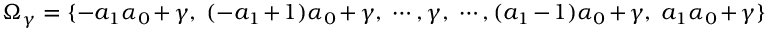
\mathcal { \Omega } _ { \gamma } = \{ - a _ { 1 } \alpha _ { 0 } + \gamma , \ ( - a _ { 1 } + 1 ) \alpha _ { 0 } + \gamma , \ \cdots , \gamma , \ \cdots , ( a _ { 1 } - 1 ) \alpha _ { 0 } + \gamma , \ a _ { 1 } \alpha _ { 0 } + \gamma \}